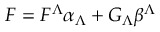
{ \cal F } = { \cal F } ^ { \Lambda } \alpha _ { \Lambda } + { \cal G } _ { \Lambda } \beta ^ { \Lambda }